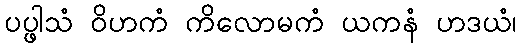
ပပ္ဖါသံ ဝိဟကံ ကိလောမကံ ယကနံ ဟဒယံ၊